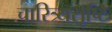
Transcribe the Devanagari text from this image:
चारित्र्यसृष्टि